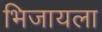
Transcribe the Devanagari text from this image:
भिजायला